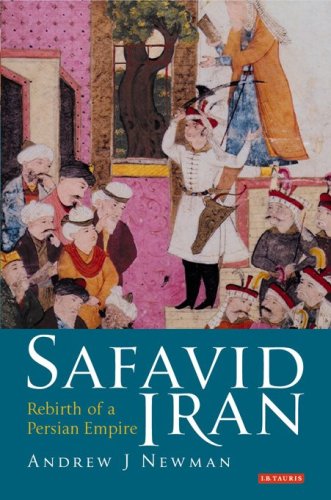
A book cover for Safavid Iran: Rebirth of a Persian Empire (Library of Middle East History); Andrew J. Newman; History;